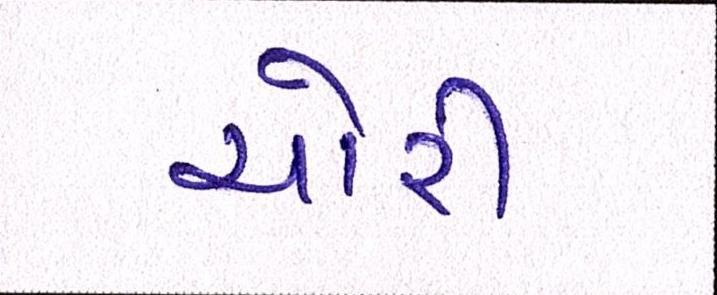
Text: ચોરી